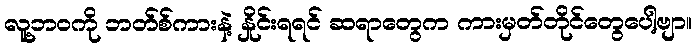
လူ့ဘဝကို ဘတ်စ်ကားနဲ့ နှိုင်းရရင် ဆရာတွေက ကားမှတ်တိုင်တွေပေါ့ဗျာ။